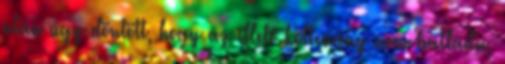
után úgy döntött, hogy az illető költemény nem ballada,